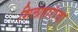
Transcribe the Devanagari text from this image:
शिलाहारांचा